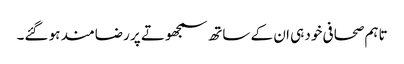
تاہم صحافی خود ہی ان کے ساتھ سمجھوتے پر رضامند ہو گئے۔